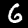
Digit: 6